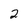
Character: 2